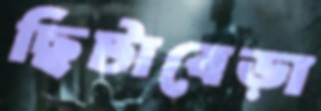
ছিটাবেড়া